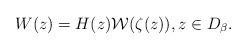
LaTeX: \begin{align*} W(z) = H(z) {\cal W}(\zeta(z)),z\in D_\beta.\end{align*}